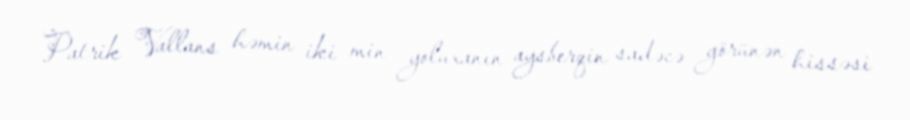
Patrik Vallans həmin iki min yoluxanın aysberqin sadəcə görünən hissəsi